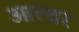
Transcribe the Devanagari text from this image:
आल्वर